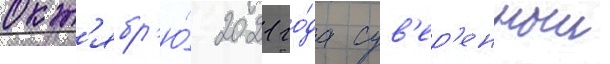
окт'ябр'ю́ 2021 го́да сув'ер'енныи